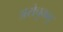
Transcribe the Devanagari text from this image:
अरोचुकवु